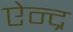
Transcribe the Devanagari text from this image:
ऐन्‍द्र